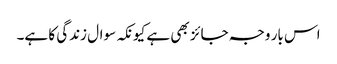
اس بار وجہ جائز بھی ہے کیونکہ سوال زندگی کا ہے۔